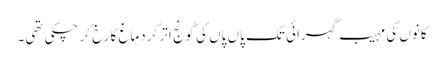
کانوں کی مہیب گہرائی تک پاں پاں کی گونج اتر کر دماغ کا رخ کر چکی تھی۔